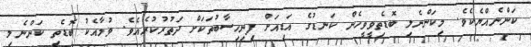
ކަންނެއްޔެކެވެ. މިކަންނެލި ބޮޑެތިވީވީހެން ކަނޑުގެ އަޑިއަށް ފިނިހިސާބުތަކަށް ދަތުރުކުރެއެވެ. ވުމާއެކު ބޮޑެތި ކަންނެލި